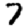
Digit: 7